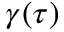
\gamma ( \tau )